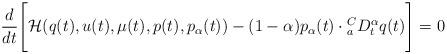
LaTeX: \begin{align*} \frac{d}{dt}\Biggl[ {\cal H}(q(t),u(t),\mu(t),p(t),p_{\alpha}(t))-(1-\alpha)p_{\alpha}(t)\cdot{_a^CD_t^{\alpha}}q(t) \Biggr]= 0\end{align*}